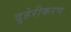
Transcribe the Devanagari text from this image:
दुहेरीकरण